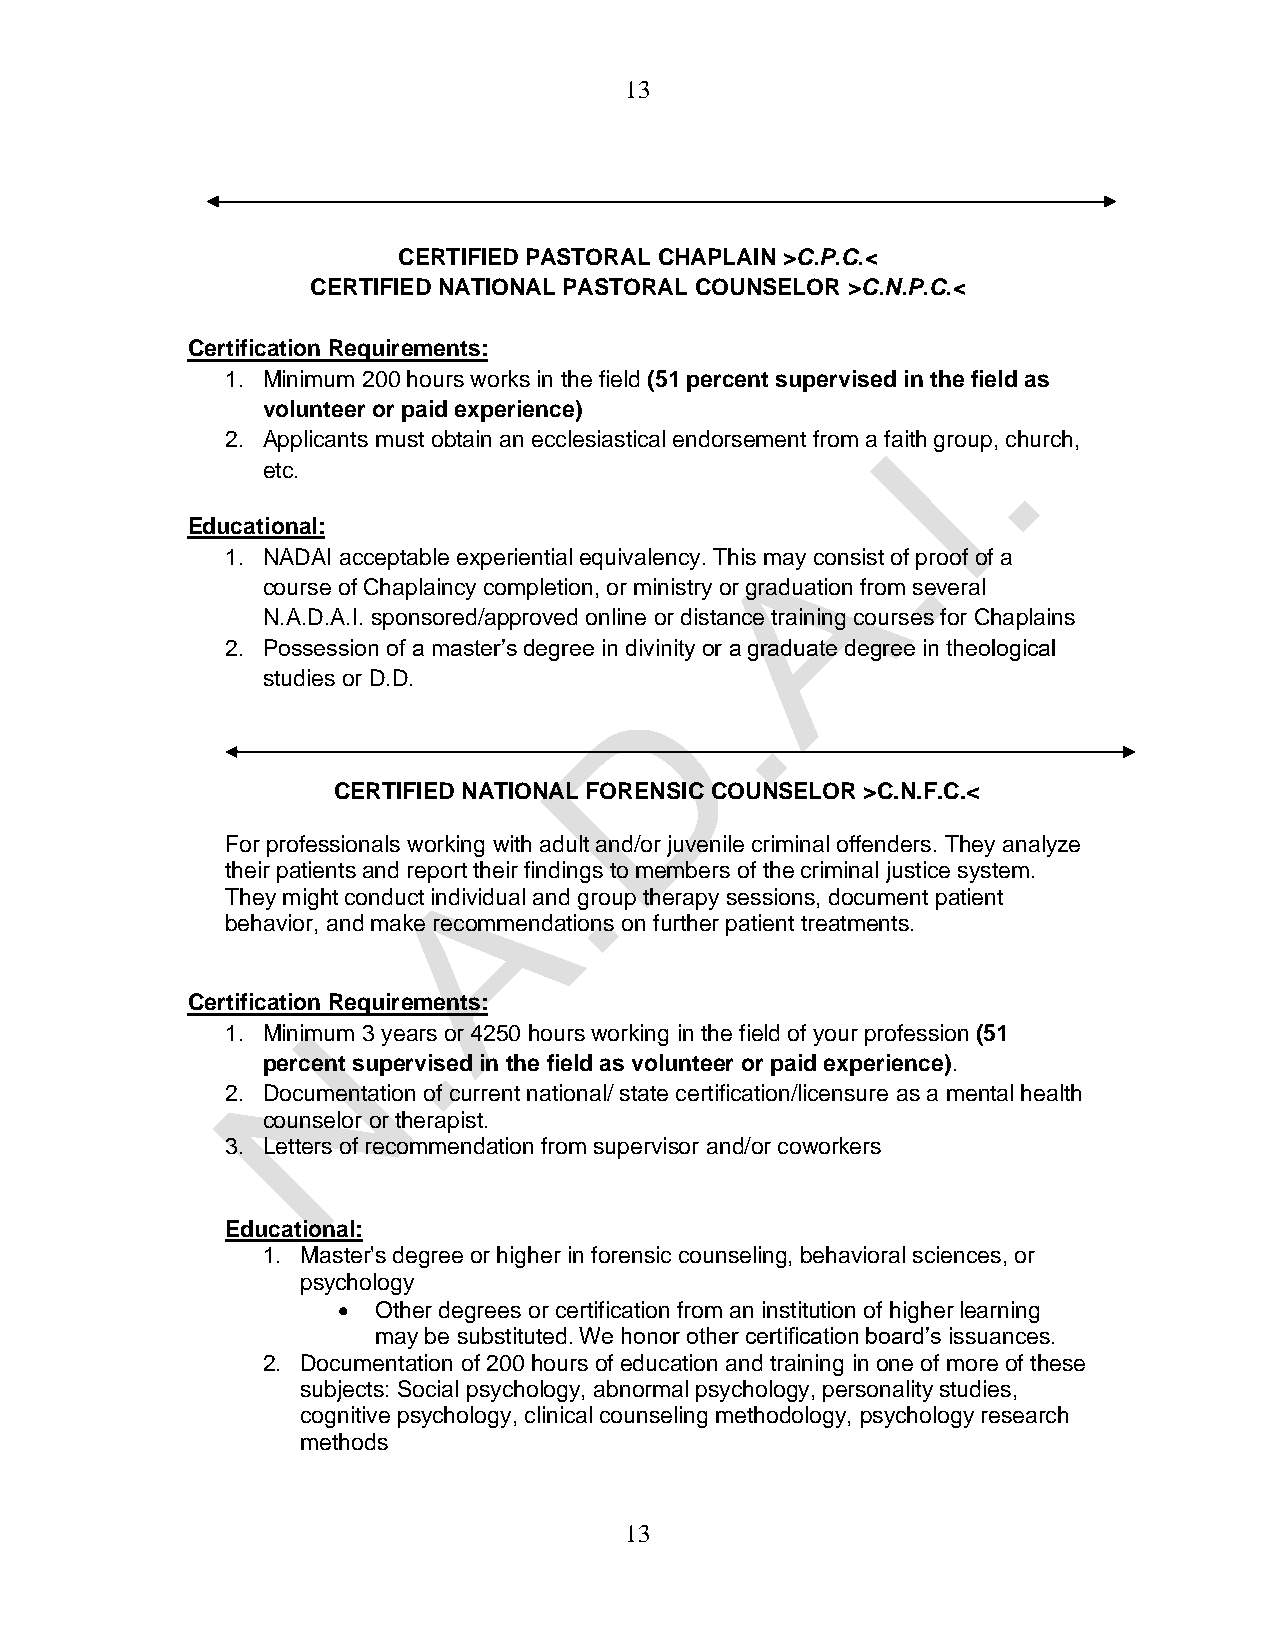
13
 CERTIFIED PASTORAL CHAPLAIN >C.P.C.<
 CERTIFIED NATIONAL PASTORAL COUNSELOR >C.N.P.C.<
 Certification Requirements:
 1. Minimum 200 hours works in the field (51 percent supervised in the field as
 volunteer or paid experience)
 2. Applicants must obtain an ecclesiastical endorsement from a faith group, church,
 etc.
 Educational:
 1. NADAI acceptable experiential equivalency. This may consist of proof of a
 course of Chaplaincy completion, or ministry or graduation from several
 N.A.D.A.I. sponsored/approved online or distance training courses for Chaplains
 2. Possession of a master’s degree in divinity or a graduate degree in theological
 studies or D.D.
 CERTIFIED NATIONAL FORENSIC COUNSELOR >C.N.F.C.<
 For professionals working with adult and/or juvenile criminal offenders. They analyze
 their patients and report their findings to members of the criminal justice system.
 They might conduct individual and group therapy sessions, document patient
 behavior, and make recommendations on further patient treatments.
 Certification Requirements:
 1. Minimum 3 years or 4250 hours working in the field of your profession (51
 percent supervised in the field as volunteer or paid experience).
 2. Documentation of current national/ state certification/licensure as a mental health
 counselor or therapist.
 3. Letters of recommendation from supervisor and/or coworkers
 Educational:
 1. Master's degree or higher in forensic counseling, behavioral sciences, or
 psychology
 •  Other degrees or certification from an institution of higher learning
 may be substituted. We honor other certification board’s issuances.
 2. Documentation of 200 hours of education and training in one of more of these
 subjects: Social psychology, abnormal psychology, personality studies,
 cognitive psychology, clinical counseling methodology, psychology research
 methods
 13